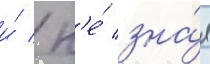
и́ / н'е́ зна́я